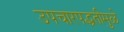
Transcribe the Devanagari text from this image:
उपचारपद्धतीमुळे